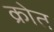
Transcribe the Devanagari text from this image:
क्रोत